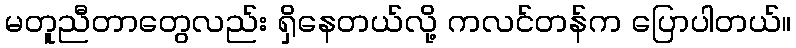
မတူညီတာတွေလည်း ရှိနေတယ်လို့ ကလင်တန်က ပြောပါတယ်။